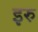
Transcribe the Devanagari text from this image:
इरु